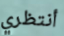
أنتظري